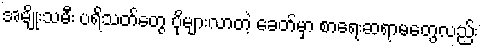
အမျိုးသမီး ပရိသတ်တွေ ပိုများလာတဲ့ ခေတ်မှာ စာရေးဆရာမတွေလည်း